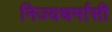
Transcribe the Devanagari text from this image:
निज्यधर्मासी